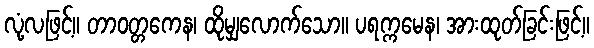
လုံ့လဖြင့်။ တာဝတ္တကေန၊ ထိုမျှလောက်သော။ ပရက္ကမေန၊ အားထုတ်ခြင်းဖြင့်။